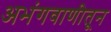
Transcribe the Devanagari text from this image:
अभंगवाणीतून